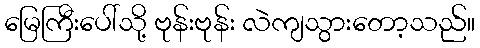
မြေကြီးပေါ်သို့ ဗုန်းဗုန်း လဲကျသွားတော့သည်။